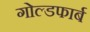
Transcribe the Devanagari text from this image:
गोल्डफार्ब